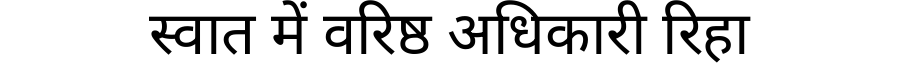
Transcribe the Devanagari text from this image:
स्वात में वरिष्ठ अधिकारी रिहा